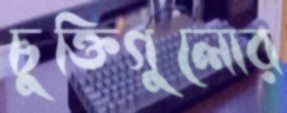
চুক্তিগুলোর